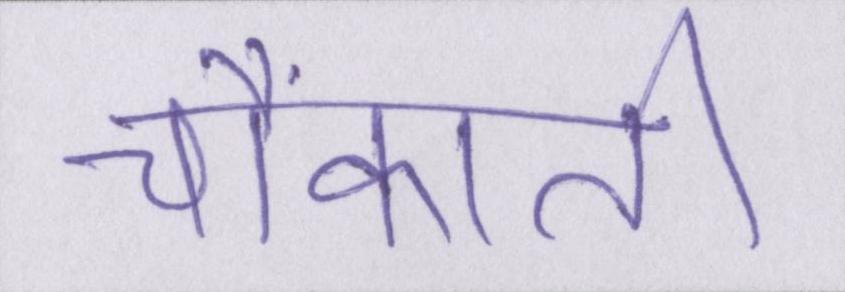
चौंकाती